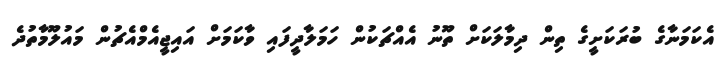
އެކަމަނާގެ ބުރަކަށީގެ ތިން ދިމާލަކަށް ތޫނު އެއްޗަކުން ހަމަލާދީފައި ވާކަމަށް އައިޖީއެމްއެޗުން މައުލޫމާތުދެ